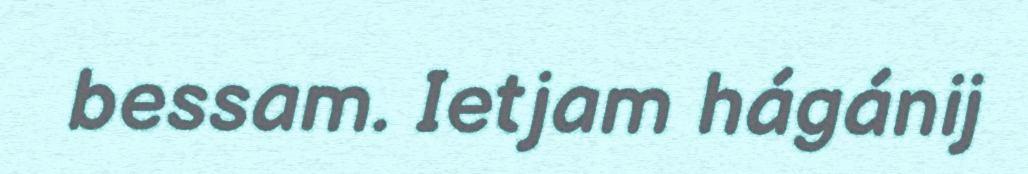
bessam. Ietjam hágánij